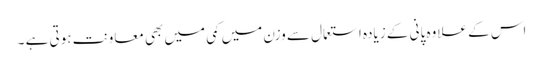
اس کے علاوہ پانی کے زیادہ استعمال سے وزن میں کمی میں بھی معاونت ہوتی ہے ۔